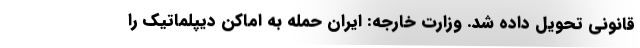
قانونی تحویل داده شد. وزارت خارجه: ایران حمله به اماکن دیپلماتیک را